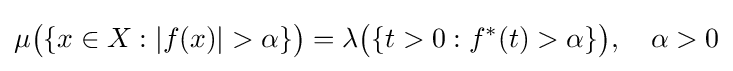
\mu {\bigl (}\{x\in X:|f(x)|>\alpha \}{\bigr )}=\lambda {\bigl (}\{t>0:f^{\ast }(t)>\alpha \}{\bigr )},\quad \alpha >0